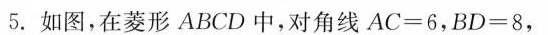
5.如图，在菱形ABCD中，对角线$$A C = 6$$，$$B D = 8$$，